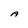
Character: A